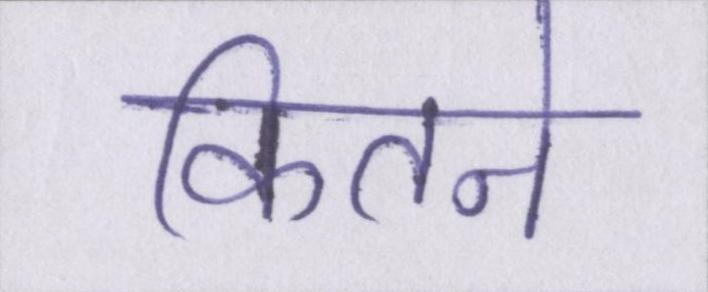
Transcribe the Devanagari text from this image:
कितने